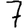
Digit: 7